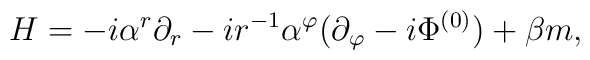
H =-i\alpha^{r}\partial_{r} -ir^{-1}\alpha^{\varphi}(\partial_{\varphi}-i\Phi^{(0)}) + \beta m ,